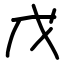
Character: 戊